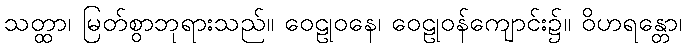
သတ္ထာ၊ မြတ်စွာဘုရားသည်။ ဝေဠုဝနေ၊ ဝေဠုဝန်ကျောင်း၌။ ဝိဟရန္တော၊